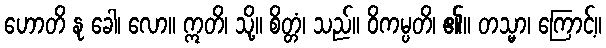
ဟောတိ နု ခေါ၊ လော။ ဣတိ၊ သို့။ စိတ္တံ၊ သည်။ ဝိကမ္ပတိ၊ ၏။ တသ္မာ၊ ကြောင့်။